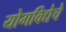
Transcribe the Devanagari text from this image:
योगविद्येचे